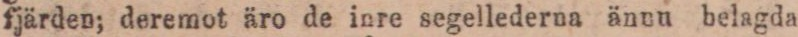
fjärden; deremot äro de inre segellederna ännu belagda